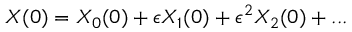
X ( 0 ) = X _ { 0 } ( 0 ) + \epsilon X _ { 1 } ( 0 ) + \epsilon ^ { 2 } X _ { 2 } ( 0 ) + . . .